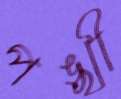
পঙ্খী